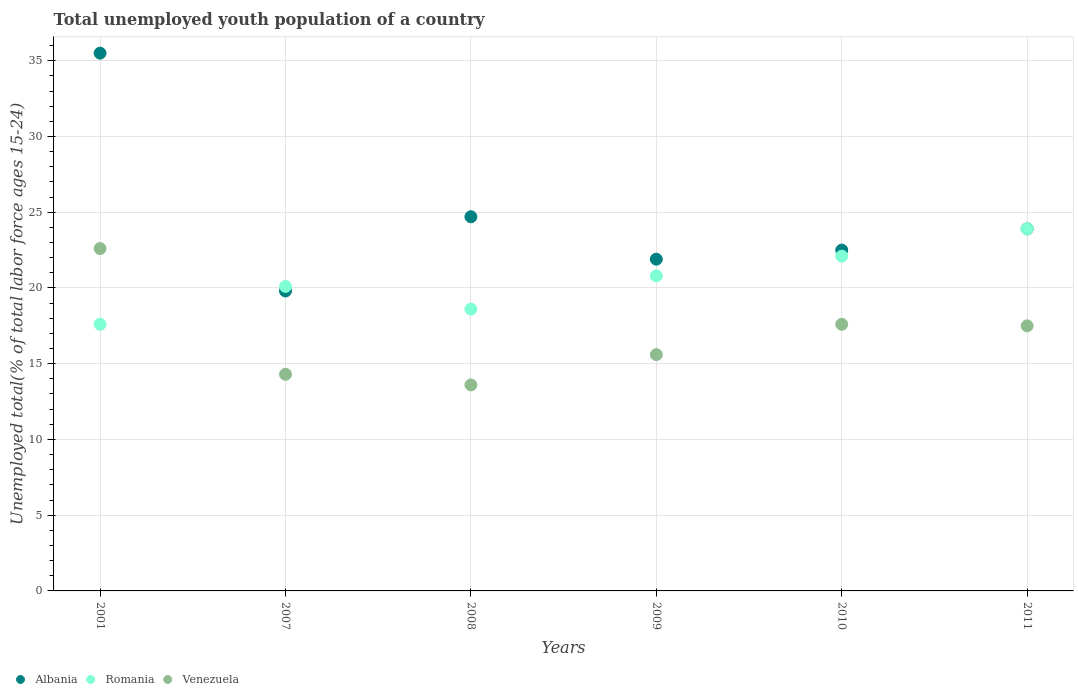
| Years | Albania | Romania | Venezuela |
 | --- | --- | --- | --- |
 | 2001 | 35.5 | 17.6 | 22.6 |
 | 2007 | 19.8 | 20.1 | 14.3 |
 | 2008 | 24.7 | 18.6 | 13.6 |
 | 2009 | 21.9 | 20.8 | 15.6 |
 | 2010 | 22.5 | 22.1 | 17.6 |
 | 2011 | 23.9 | 23.9 | 17.5 |